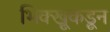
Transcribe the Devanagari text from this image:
भिक्खूकडून